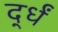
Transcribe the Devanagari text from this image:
र्द्धं